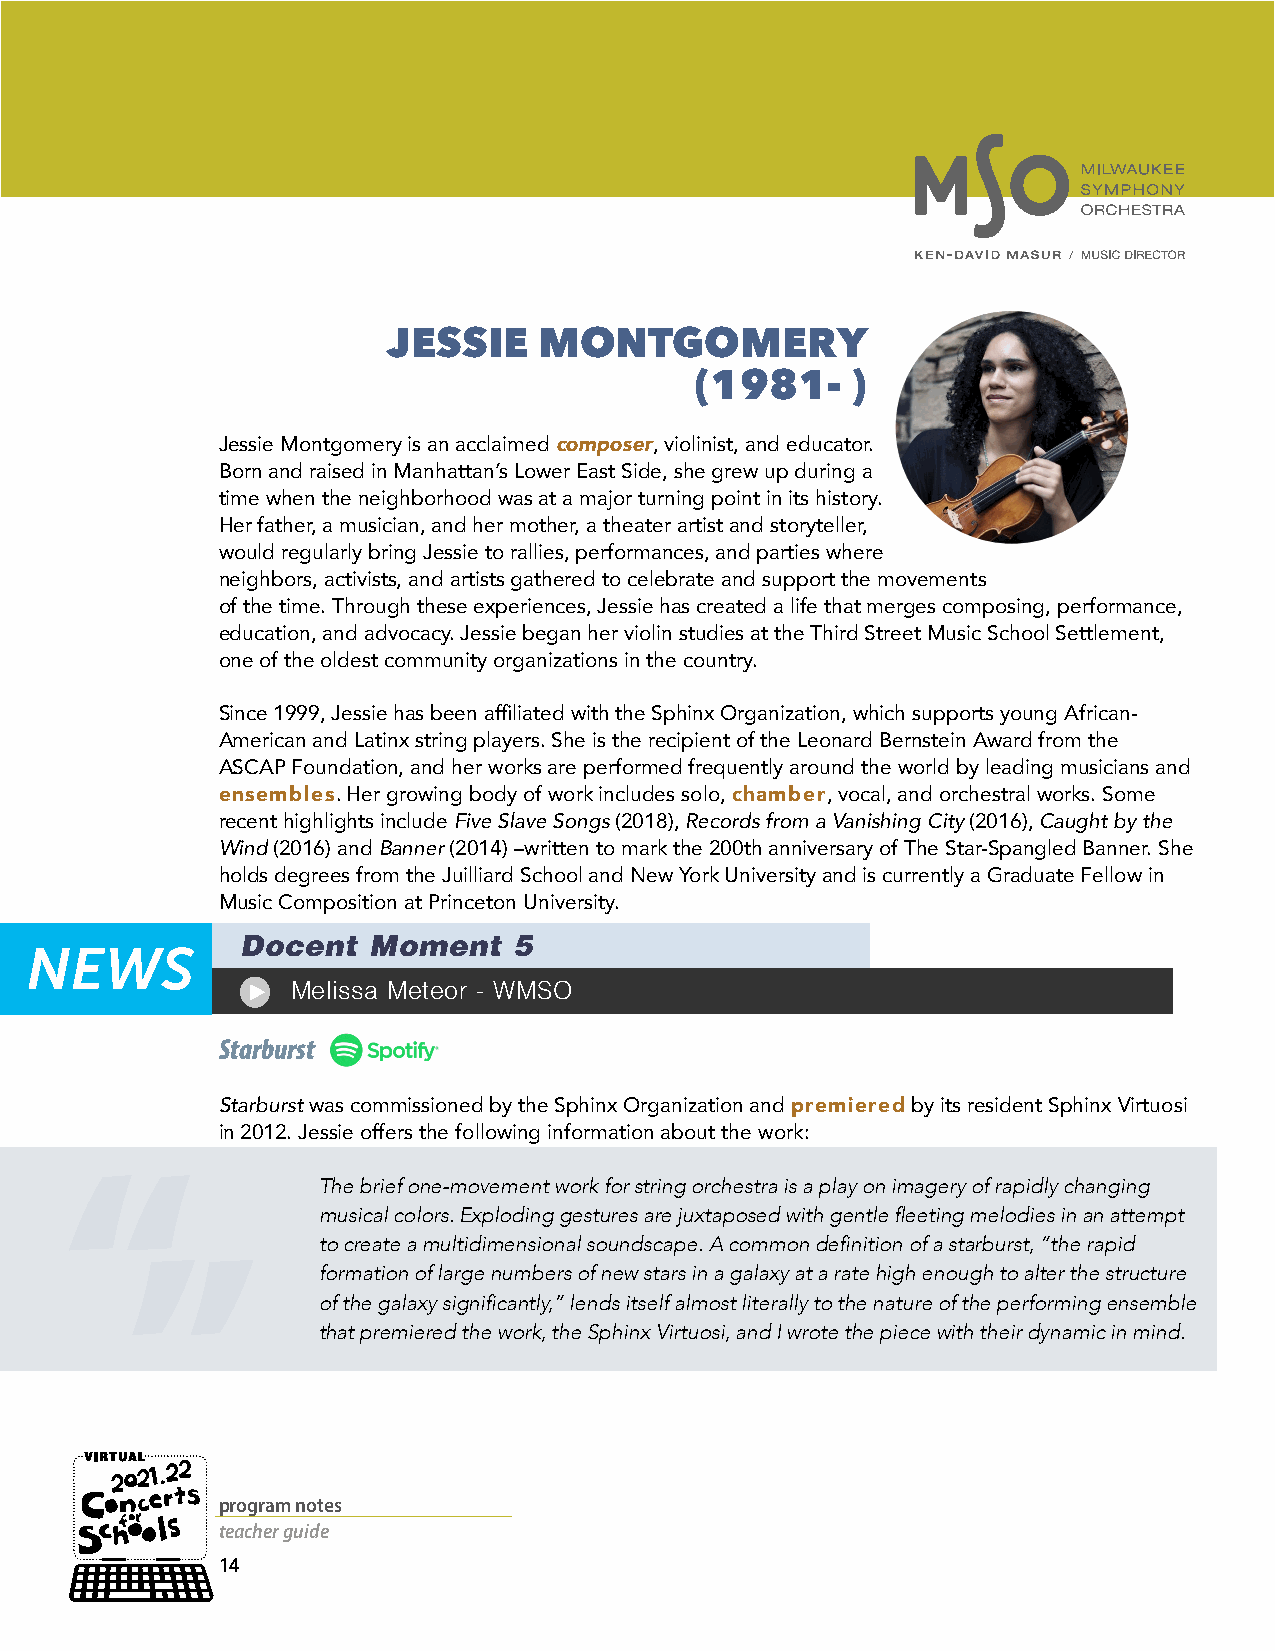
JESSIE    MONTGOMERY
 (1981-    )
 Jessie Montgomery is an acclaimed composer, violinist, and educator.
 Born and raised in Manhattan’s Lower East Side, she grew up during a
 time when the neighborhood was at a major turning point in its history.
 Her father, a musician, and her mother, a theater artist and storyteller,
 would regularly bring Jessie to rallies, performances, and parties where
 neighbors, activists, and artists gathered to celebrate and support the movements
 of the time. Through these experiences, Jessie has created a life that merges composing, performance,
 education, and advocacy. Jessie began her violin studies at the Third Street Music School Settlement,
 one of the oldest community organizations in the country.
 Since 1999, Jessie has been affiliated with the Sphinx Organization, which supports young African-
 American and Latinx string players. She is the recipient of the Leonard Bernstein Award from the
 ASCAP Foundation, and her works are performed frequently around the world by leading musicians and
 ensembles. Her growing body of work includes solo, chamber, vocal, and orchestral works. Some
 recent highlights include Five Slave Songs (2018), Records from a Vanishing City (2016), Caught by the
 Wind (2016) and Banner (2014) –written to mark the 200th anniversary of The Star-Spangled Banner. She
 holds degrees from the Juilliard School and New York University and is currently a Graduate Fellow in
 Music Composition at Princeton University.
 Docent  Moment    5
 Melissa Meteor - WMSO
 Starburst
 Starburst was commissioned by the Sphinx Organization and premiered by its resident Sphinx Virtuosi
 in 2012. Jessie offers the following information about the work:
 The brief one-movement work for string orchestra is a play on imagery of rapidly changing
 musical colors. Exploding gestures are juxtaposed with gentle fleeting melodies in an attempt
 to create a multidimensional soundscape. A common definition of a starburst, “the rapid
 formation of large numbers of new stars in a galaxy at a rate high enough to alter the structure
 of the galaxy significantly,” lends itself almost literally to the nature of the performing ensemble
 that premiered the work, the Sphinx Virtuosi, and I wrote the piece with their dynamic in mind.
 program notes
 teacher guide
 14